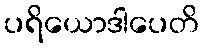
ပရိယောဒါပေတိ